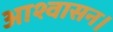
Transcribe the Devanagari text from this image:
आश्‍वासन।